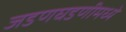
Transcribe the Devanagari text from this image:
जडणघडणीमध्ये